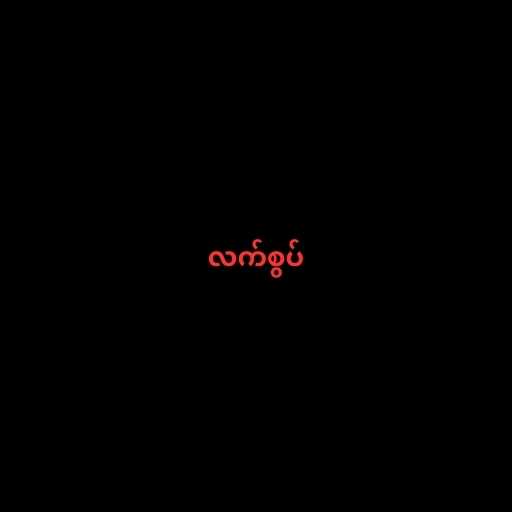
လက်စွပ်